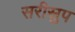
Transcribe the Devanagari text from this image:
सरीस्रुप